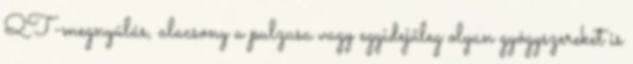
QT-megnyúlás, alacsony a pulzusa vagy egyidejűleg olyan gyógyszereket is